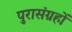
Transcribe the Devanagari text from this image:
पुरासंग्रहों